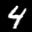
Label: 4